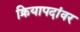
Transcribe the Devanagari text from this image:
क्रियापदांवर